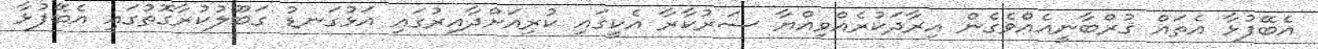
އެބޭފުޅާ އެތައް ޤުރްބާނީއެއްވެގެން އިރާދަކުރެއްވިއްޔާ ސަރުކާރާ އެކީގައި ކުރިއަށްދާއިރުގައި އަޅުގަނޑު ގަބޫލުކުރާގޮތުގައި އެބޭފުޅާ